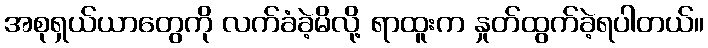
အစုရှယ်ယာတွေကို လက်ခံခဲ့မိလို့ ရာထူးက နှုတ်ထွက်ခဲ့ရပါတယ်။